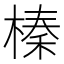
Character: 榛